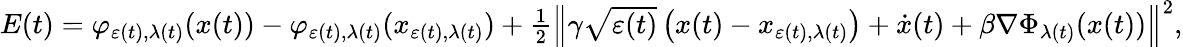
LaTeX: \begin{array}{r}{E(t)=\varphi_{\varepsilon(t),\lambda(t)}(x(t))-\varphi_{\varepsilon(t),\lambda(t)}(x_{\varepsilon(t),\lambda(t)})+\frac{1}{2}\left\| \gamma\sqrt{\varepsilon(t)}\left(x(t)-x_{\varepsilon(t),\lambda(t)}\right)+\dot{x}(t)+\beta\nabla\Phi_{\lambda(t)}(x(t))\right\| ^{2},}\end{array}